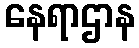
နေရာဌာန